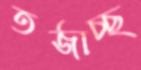
তর্জাচ্ছ